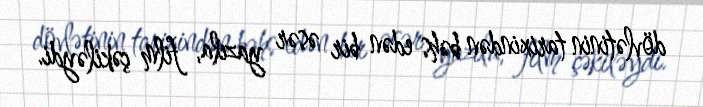
dövlətinin tarixindən bəhs edən bir əsər yazıla, film çəkiləydi.